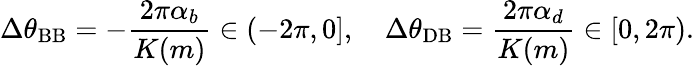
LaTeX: \Delta\theta_{\mathrm{BB}}=-\frac{2\pi\alpha_{b}}{K(m)}\in(-2\pi,0],\quad\Delta\theta_{\mathrm{DB}}=\frac{2\pi\alpha_{d}}{K(m)}\in[0,2\pi).